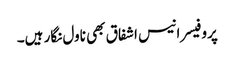
پروفیسر انیس اشفاق بھی ناول نگار ہیں۔